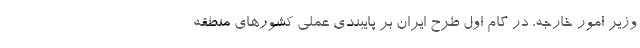
وزیر امور خارجه، در گام اول طرح ایران بر پایبندی عملی کشورهای منطقه